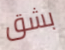
بشق